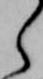
ら